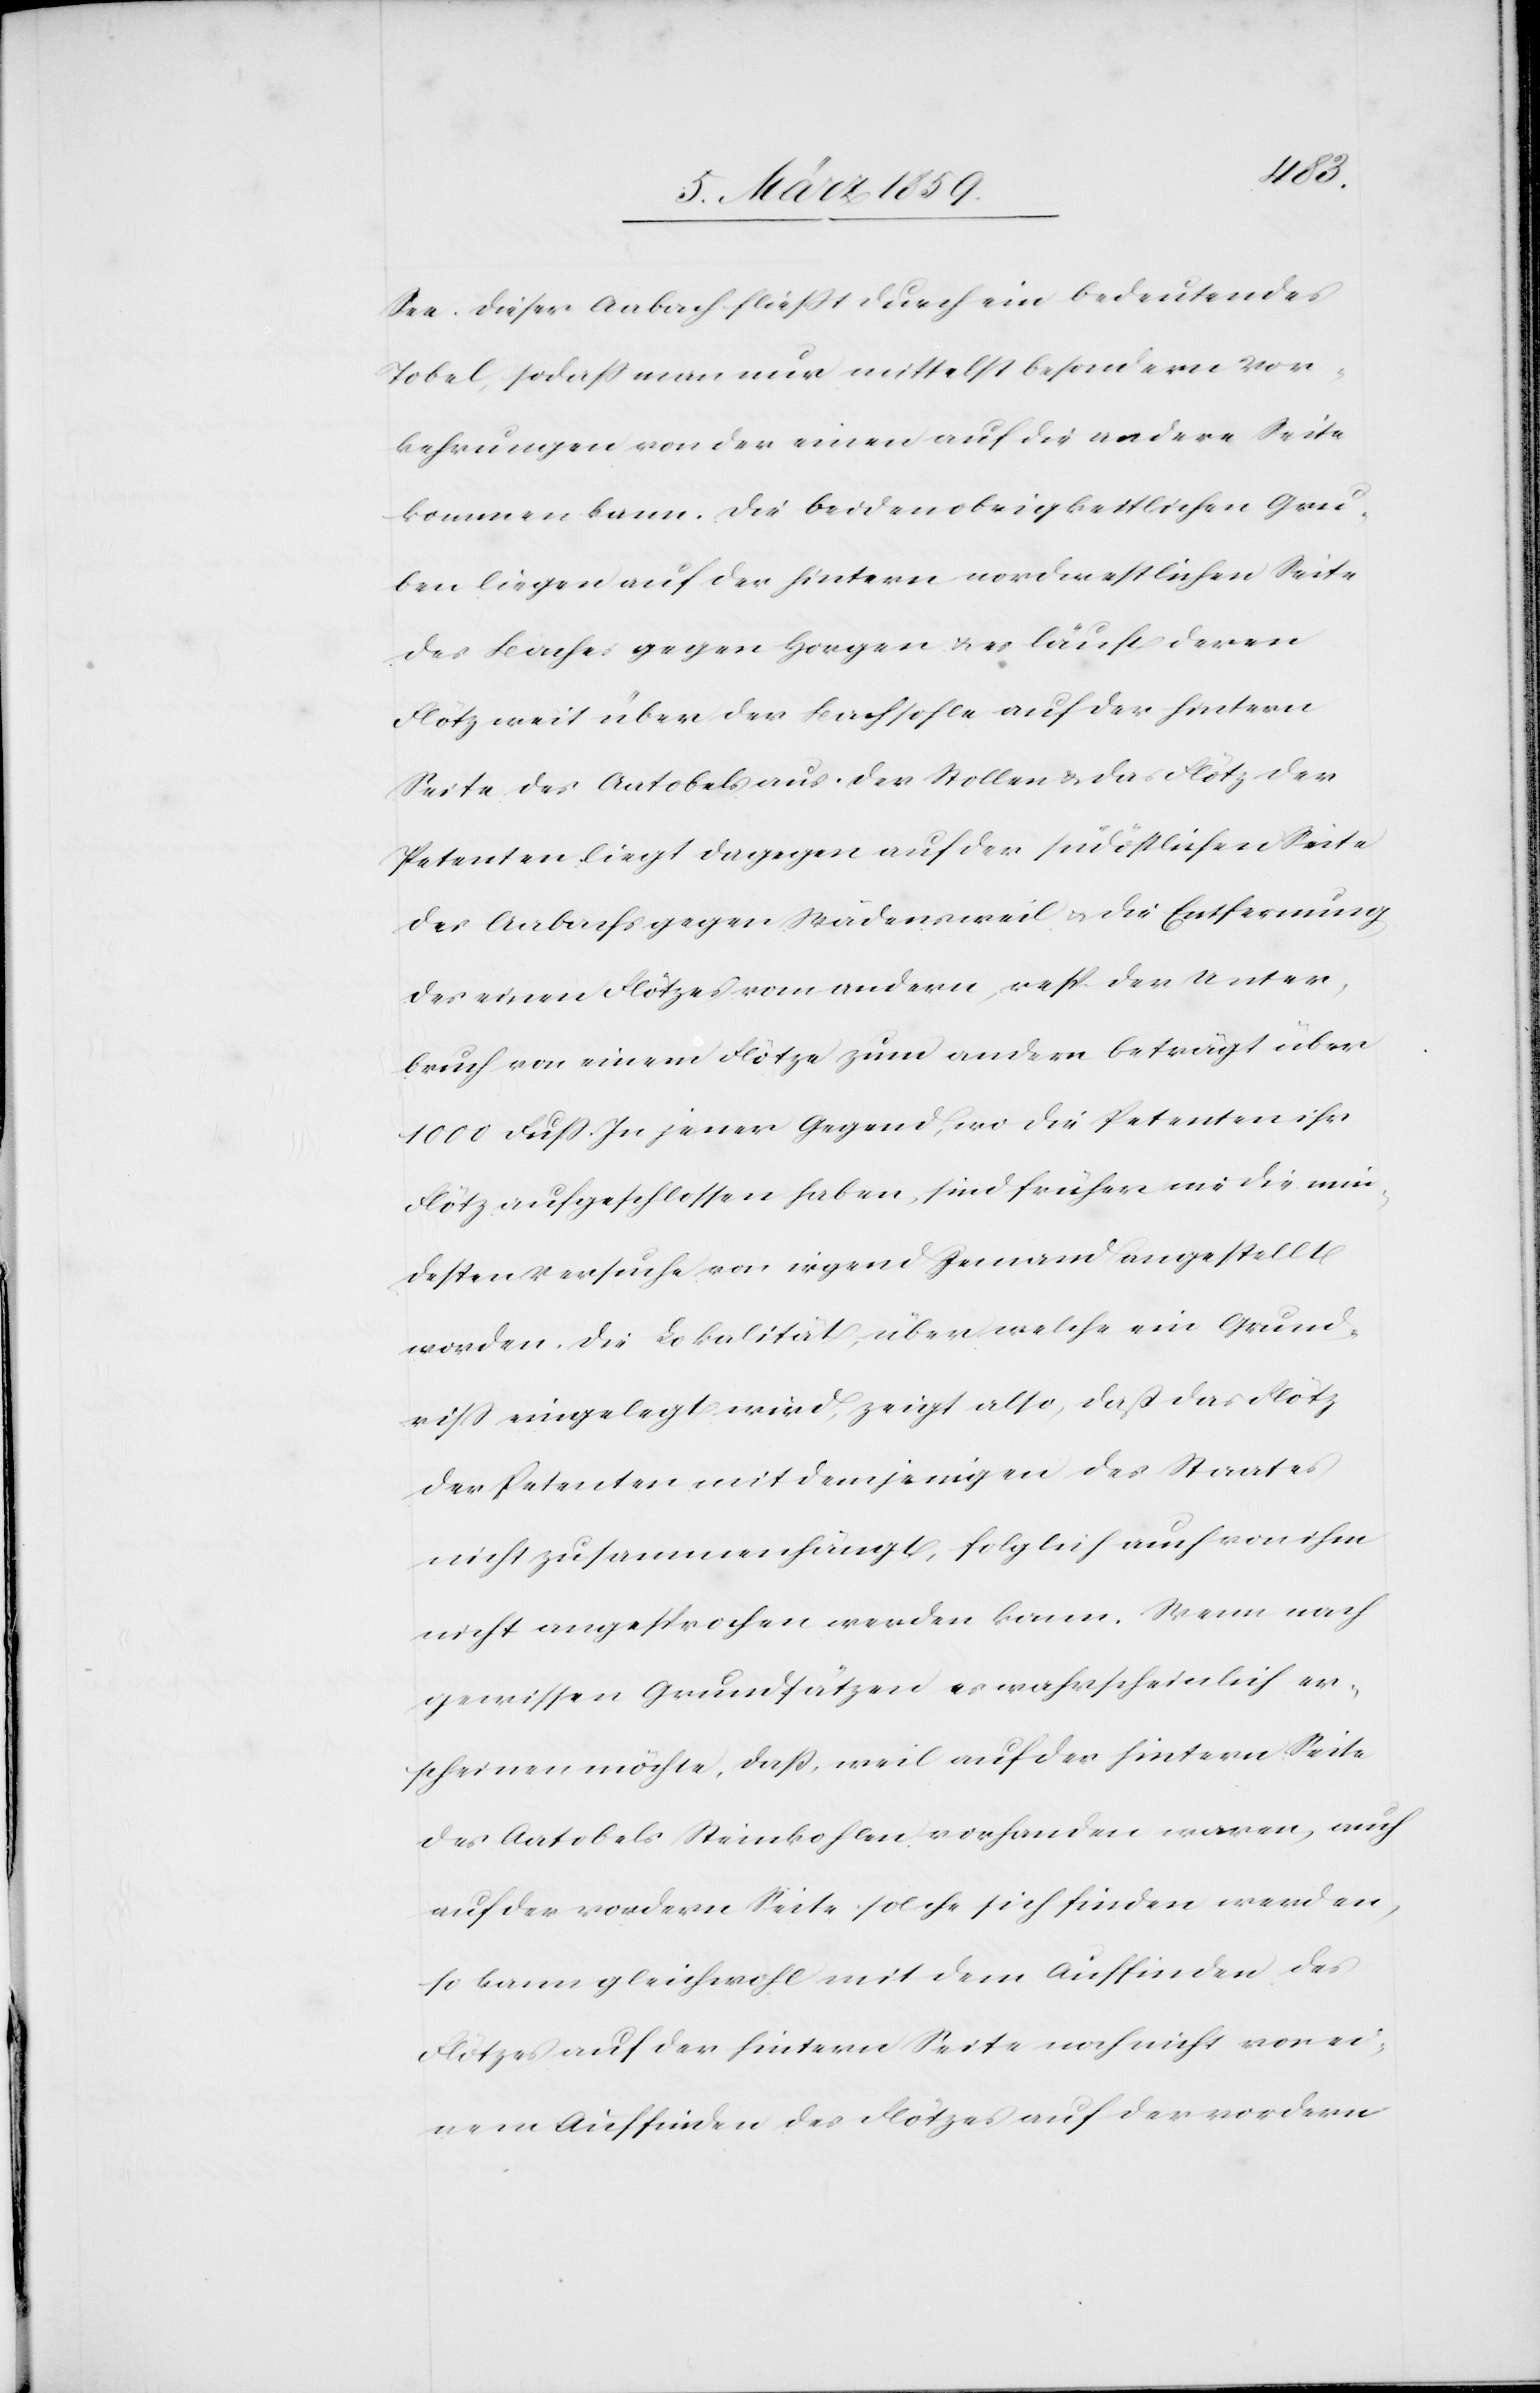
See. Dieser Aabach fließt durch ein bedeutendes
Tobel, sodaß man nur mittelst besondern Vor¬
kehrungen von der einen auf die andere Seite
kommen kann. Die beiden obrigkeitlichen Gru¬
ben liegen auf der hintern nordwestlichen Seite
des Baches gegen Horgen u. es läuft deren
Flötz weit über der Bachsohle auf der hintern
Seite des Aatobels aus. Der Stollen & das Flötz der
Petenten liegt dagegen auf der südöstlichen Seite
des Aabachs gegen Wädensweil u. die Entfernung
des einen Flötzes vom andern, resp der Unter¬
bruch von einem Flötze zum andern beträgt über
1000 Fuß. In jener Gegend, wo die Petenten ihr
Flötz aufgeschlossen haben, sind früher nie die min¬
desten Versuche von irgend Jemand angestellt
worden. Die Lokalität, über welche ein Grund¬
riß eingelegt wird, zeigt also, daß das Flötz
der Petenten mit demjenigen des Staates
nicht zusammenhängt, folglich auch von ihm
nicht angesprochen werden kann. Wenn nach
gewissen Grundsätzen es wahrscheinlich er¬
scheinen möchte, daß, weil auf der hintern Seite
des Aatobels Steinkohlen vorhanden waren, auch
auf der vordern Seite solche sich finden werden,
so kann gleichwohl mit dem Auffinden des
Flötzes auf der hintern Seite noch nicht von ei¬
nem Auffinden des Flötzes auf der vordern